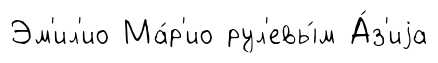
Эм'ил'ио Ма́р'ио рул'евы́м А́з'иjа